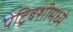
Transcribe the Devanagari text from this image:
पेट्रिबशीमध्ये